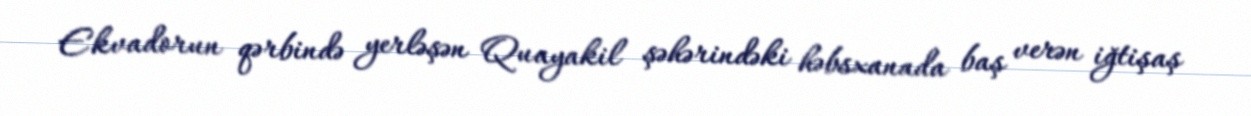
Ekvadorun qərbində yerləşən Quayakil şəhərindəki həbsxanada baş verən iğtişaş